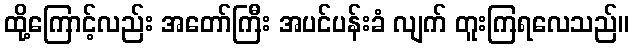
ထို့ကြောင့်လည်း အတော်ကြီး အပင်ပန်းခံ လျက် တူးကြရလေသည်။